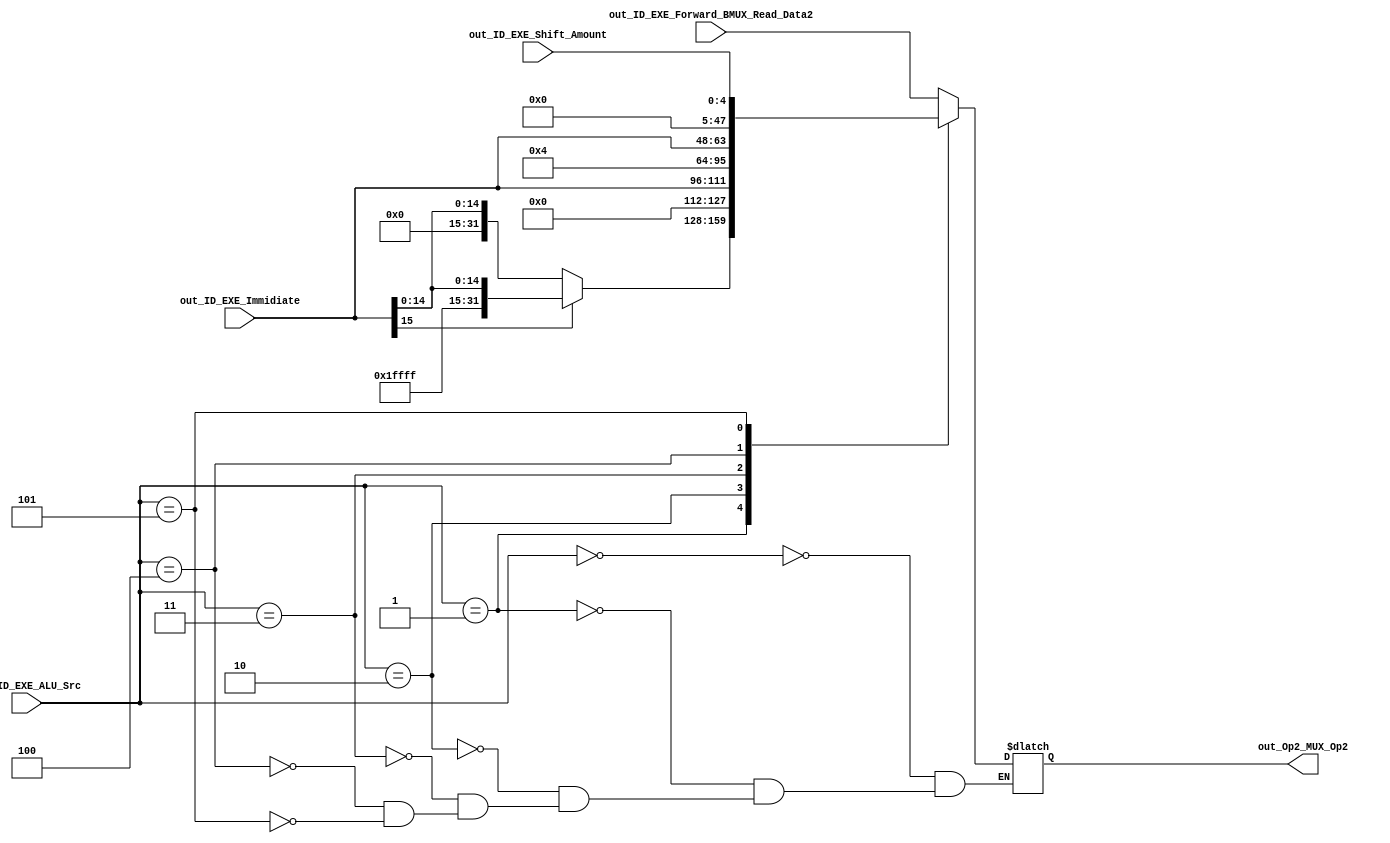
module Op2_MUX(

input [2:0]out_ID_EXE_ALU_Src,
input [31:0]out_ID_EXE_Forward_BMUX_Read_Data2,
input [15:0]out_ID_EXE_Immidiate,
input [4:0]out_ID_EXE_Shift_Amount,

output reg [31:0]out_Op2_MUX_Op2
);

always@(*)begin
case(out_ID_EXE_ALU_Src)
0:out_Op2_MUX_Op2=out_ID_EXE_Forward_BMUX_Read_Data2;
1:if(out_ID_EXE_Immidiate[15]==1)begin
	out_Op2_MUX_Op2={16'b1111111111111111,out_ID_EXE_Immidiate};
	end
	else if(out_ID_EXE_Immidiate[15] ==0)begin
	out_Op2_MUX_Op2={16'b0000000000000000,out_ID_EXE_Immidiate};
	end
2:out_Op2_MUX_Op2={16'b0000000000000000,out_ID_EXE_Immidiate};
3:out_Op2_MUX_Op2=4;
4:out_Op2_MUX_Op2={out_ID_EXE_Immidiate,16'b0000000000000000};
5:out_Op2_MUX_Op2=out_ID_EXE_Shift_Amount;
endcase
end
endmodule